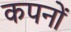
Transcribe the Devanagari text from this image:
कपनों